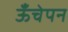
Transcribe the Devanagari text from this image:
ऊँचेपन